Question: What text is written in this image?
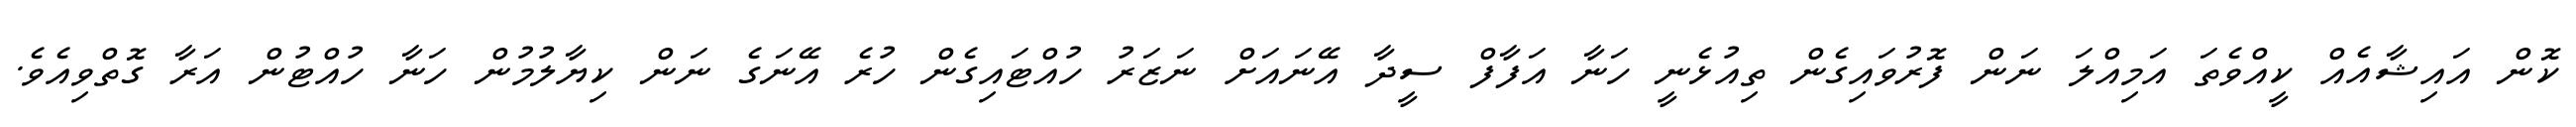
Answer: ކޮން އައިޝާއެއް ކީއްވެތަ އަމިއްލަ ނަން ފޮރުވައިގެން ތިއުޅެނީ ހަނާ އަފާފް ސީދާ އޭނައަށް ނަޒަރު ހުއްޓައިގެން ހުރެ އޭނަގެ ނަން ކިޔާލުމުން ހަނާ ހުއްޓުން އަރާ ގޮތްވިއެވެ.